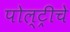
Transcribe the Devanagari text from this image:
पोल्ट्रीचे